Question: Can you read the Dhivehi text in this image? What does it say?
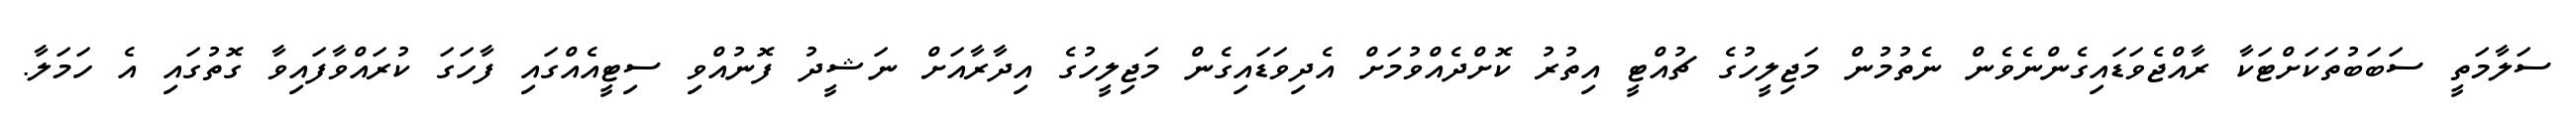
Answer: ސަލާމަތީ ސަބަބުތަކަށްޓަކާ ރާއްޖެވަޑައިގެންނެވެން ނެތުމުން މަޖިލީހުގެ ޗުއްޓީ އިތުރު ކޮށްދެއްވުމަށް އެދިވަޑައިގެން މަޖިލީހުގެ އިދާރާއަށް ނަޝީދު ފޮނުއްވި ސިޓީއެއްގައި ފާހަގަ ކުރައްވާފައިވާ ގޮތުގައި އެ ހަމަލާ.